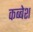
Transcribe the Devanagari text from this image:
कब्बेश